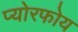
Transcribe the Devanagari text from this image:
प्योरफोय